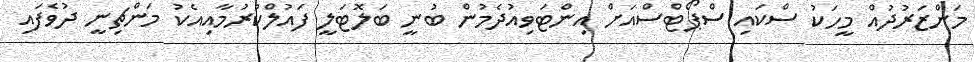
މަންޒަރުދުއް މީހަކު ސްކައި ސްޕޯޓްސްއަށް އިންޓަވިއުދެމުން ބުނީ ބަލޮޓަލީ ފައުލްކުރުމާއިއެކު މަންޗިނީ ދުވެފައި